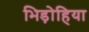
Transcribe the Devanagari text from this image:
भिड़ोहिया